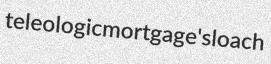
teleologic mortgage's loach